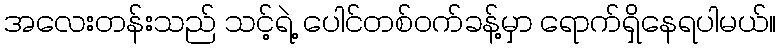
အလေးတန်းသည် သင့်ရဲ့ ပေါင်တစ်ဝက်ခန့်မှာ ရောက်ရှိနေရပါမယ်။